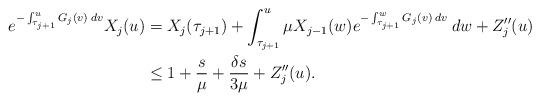
LaTeX: \begin{align*}e^{-\int_{\tau_{j+1}}^u G_j(v) \: dv} X_j(u) &= X_j(\tau_{j+1}) + \int_{\tau_{j+1}}^u \mu X_{j-1}(w) e^{-\int_{\tau_{j+1}}^w G_j(v) \: dv} \: dw + Z_j''(u) \\&\leq 1 + \frac{s}{\mu} + \frac{\delta s}{3 \mu} + Z_j''(u).\end{align*}